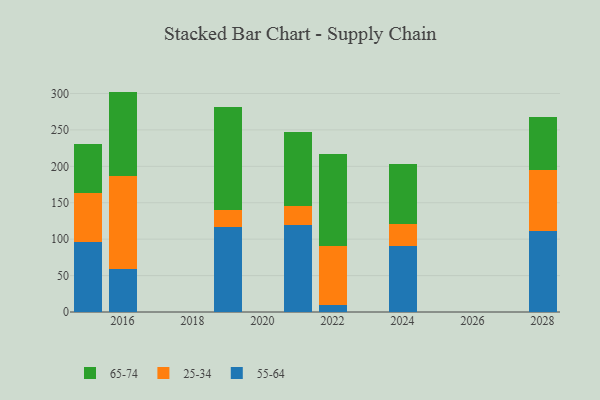
{"axis": {"x": "Year", "y": "Shipments"}, "legend": ["25-34", "55-64", "65-74"], "data": [{"x": "2024", "y": 90.8, "type": "55-64"}, {"x": "2024", "y": 29.8, "type": "25-34"}, {"x": "2024", "y": 82.4, "type": "65-74"}, {"x": "2028", "y": 111.1, "type": "55-64"}, {"x": "2028", "y": 84.2, "type": "25-34"}, {"x": "2028", "y": 72.8, "type": "65-74"}, {"x": "2016", "y": 58.6, "type": "55-64"}, {"x": "2016", "y": 128.7, "type": "25-34"}, {"x": "2016", "y": 115.3, "type": "65-74"}, {"x": "2022", "y": 9.9, "type": "55-64"}, {"x": "2022", "y": 80.4, "type": "25-34"}, {"x": "2022", "y": 126.4, "type": "65-74"}, {"x": "2021", "y": 119.7, "type": "55-64"}, {"x": "2021", "y": 26.4, "type": "25-34"}, {"x": "2021", "y": 101.0, "type": "65-74"}, {"x": "2015", "y": 96.1, "type": "55-64"}, {"x": "2015", "y": 67.7, "type": "25-34"}, {"x": "2015", "y": 67.0, "type": "65-74"}, {"x": "2019", "y": 116.8, "type": "55-64"}, {"x": "2019", "y": 22.9, "type": "25-34"}, {"x": "2019", "y": 142.3, "type": "65-74"}]}